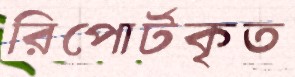
রিপোর্টকৃত